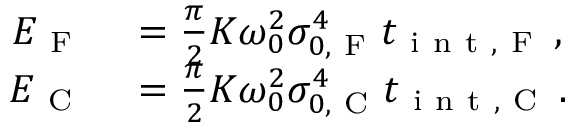
\begin{array} { r l } { E _ { \mathrm { ~ F ~ } } } & { { } = \frac { \pi } { 2 } K \omega _ { 0 } ^ { 2 } \sigma _ { 0 , \mathrm { ~ F ~ } } ^ { 4 } t _ { \mathrm { ~ i ~ n ~ t ~ , ~ F ~ } } \, , } \\ { E _ { \mathrm { ~ C ~ } } } & { { } = \frac { \pi } { 2 } K \omega _ { 0 } ^ { 2 } \sigma _ { 0 , \mathrm { ~ C ~ } } ^ { 4 } t _ { \mathrm { ~ i ~ n ~ t ~ , ~ C ~ } } \, . } \end{array}